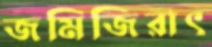
জমিজিরাৎ